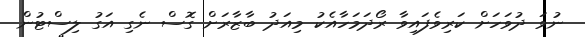
ނުވަ ދުވަހަށް ކަރިވެފައިވާ ރޯދަމަހާއެކު މިއަދު ބާޒާރަށް ގޮސް ނެގި އަގު ލިސްޓުން